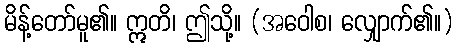
မိန့်တော်မူ၏။ ဣတိ၊ ဤသို့။ (အဝေါစ၊ လျှောက်၏။)